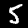
Digit: 5